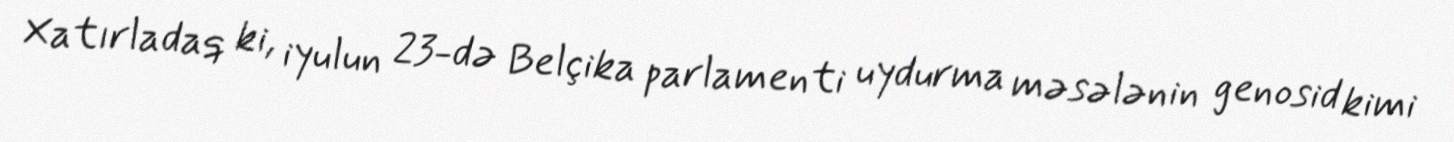
Xatırladaq ki, iyulun 23-də Belçika parlamenti uydurma məsələnin genosid kimi